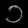
Digit: ၁